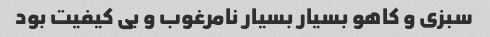
سبزی و کاهو بسیار بسیار نامرغوب و بی کیفیت بود